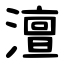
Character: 澶